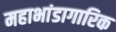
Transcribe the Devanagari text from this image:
महाभांडागारिक